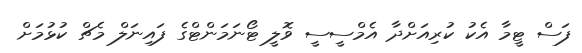
ފަސް ޓީމާ އެކު ކުރިއަށްދާ އެމްސީސީ ވޮލީ ޓޯނަމަންޓްގެ ފައިނަލް މެޗް ކުޅުމަށް